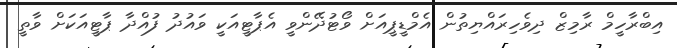
އިބްރާހީމް ރާމިޒް ދިވެހިރައްޔިތުން އެމްޑީޕީއަށް ވޯޓުދޭންވީ އެޕާޓީއަކީ ވައުދު ފުއްދާ ޕާޓީއަކަށް ވާތީ